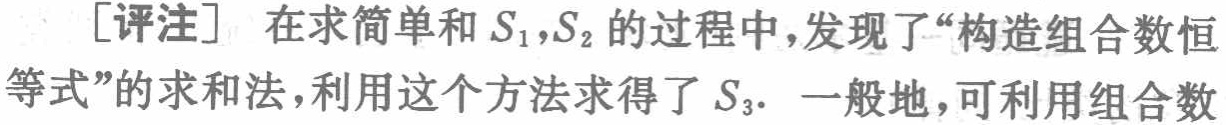
[评注] 在求简单和 \(S_1,S_2\) 的过程中，发现了“构造组合数恒等式”的求和法，利用这个方法求得了 \(S_3\). 一般地，可利用组合数